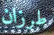
طرزان